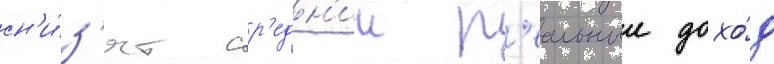
сн'и́з'ят ср'едн'ии р'еальныи дохо́д